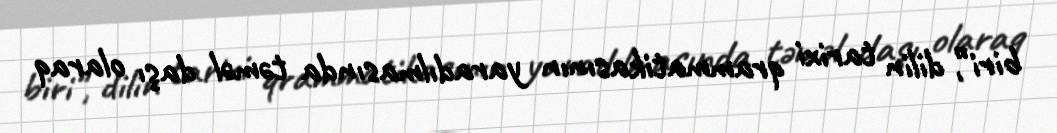
biri”, dilin tarixi qrammatikasının yaradılmasında təməl daşı olaraq